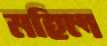
মহিল